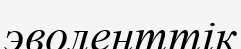
эволенттік